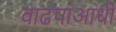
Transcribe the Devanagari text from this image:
वाढपाआधी